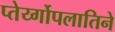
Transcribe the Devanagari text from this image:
प्तेर्य्गोपलातिने